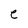
Character: e